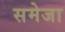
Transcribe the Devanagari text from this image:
समेजा